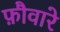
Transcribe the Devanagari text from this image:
फ़ौवारे